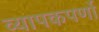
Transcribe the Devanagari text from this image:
व्यापकपर्णो